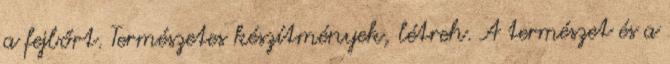
a fejbőrt. Természetes készítmények, létreh. A természet és a